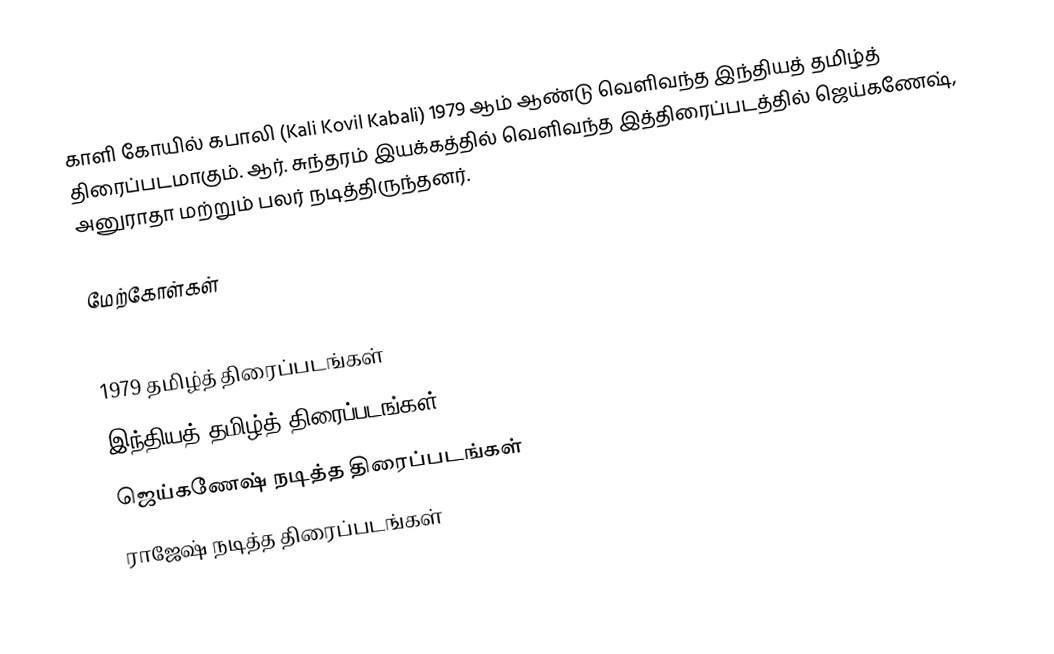
காளி கோயில் கபாலி (Kali Kovil Kabali) 1979 ஆம் ஆண்டு வெளிவந்த இந்தியத் தமிழ்த் திரைப்படமாகும். ஆர். சுந்தரம் இயக்கத்தில் வெளிவந்த இத்திரைப்படத்தில் ஜெய்கணேஷ், அனுராதா மற்றும் பலர் நடித்திருந்தனர்.

மேற்கோள்கள்

1979 தமிழ்த் திரைப்படங்கள்
இந்தியத் தமிழ்த் திரைப்படங்கள்
ஜெய்கணேஷ் நடித்த திரைப்படங்கள்
ராஜேஷ் நடித்த திரைப்படங்கள்